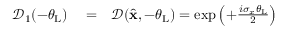
\begin{array} { r l r } { \mathcal { D } _ { 1 } ( - \theta _ { \mathrm { L } } ) } & { { } = } & { \mathcal { D } ( \hat { \bf x } , - \theta _ { \mathrm { L } } ) = \exp \left( + \frac { i \sigma _ { x } \theta _ { \mathrm { L } } } { 2 } \right) } \end{array}